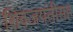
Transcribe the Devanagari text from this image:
शिवजयंतीसह